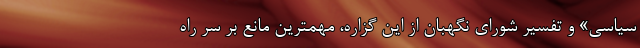
سیاسی» و تفسیر شورای نگهبان از این گزاره، مهمترین مانع بر سر راه